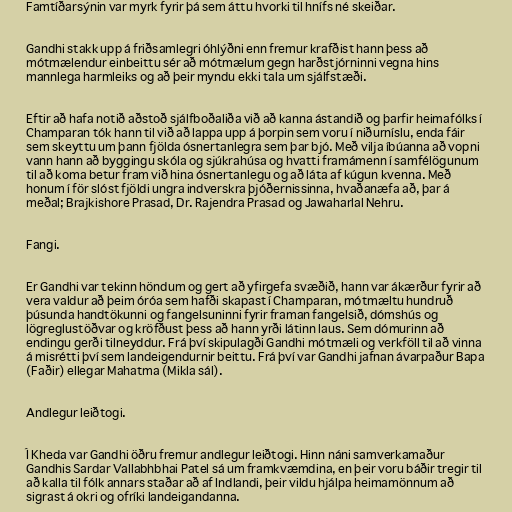
Famtíðarsýnin var myrk fyrir þá sem áttu hvorki til hnífs né skeiðar.

Gandhi stakk upp á friðsamlegri óhlýðni enn fremur krafðist hann þess að
mótmælendur einbeittu sér að mótmælum gegn harðstjórninni vegna hins
mannlega harmleiks og að þeir myndu ekki tala um sjálfstæði.

Eftir að hafa notið aðstoð sjálfboðaliða við að kanna ástandið og þarfir heimafólks í
Champaran tók hann til við að lappa upp á þorpin sem voru í niðurníslu, enda fáir
sem skeyttu um þann fjölda ósnertanlegra sem þar bjó. Með vilja íbúanna að vopni
vann hann að byggingu skóla og sjúkrahúsa og hvatti framámenn í samfélögunum
til að koma betur fram við hina ósnertanlegu og að láta af kúgun kvenna. Með
honum í för slóst fjöldi ungra indverskra þjóðernissinna, hvaðanæfa að, þar á
meðal; Brajkishore Prasad, Dr. Rajendra Prasad og Jawaharlal Nehru.

Fangi.

Er Gandhi var tekinn höndum og gert að yfirgefa svæðið, hann var ákærður fyrir að
vera valdur að þeim óróa sem hafði skapast í Champaran, mótmæltu hundruð
þúsunda handtökunni og fangelsuninni fyrir framan fangelsið, dómshús og
lögreglustöðvar og kröfðust þess að hann yrði látinn laus. Sem dómurinn að
endingu gerði tilneyddur. Frá því skipulagði Gandhi mótmæli og verkföll til að vinna
á misrétti því sem landeigendurnir beittu. Frá því var Gandhi jafnan ávarpaður Bapa
(Faðir) ellegar Mahatma (Mikla sál).

Andlegur leiðtogi.

Í Kheda var Gandhi öðru fremur andlegur leiðtogi. Hinn náni samverkamaður
Gandhis Sardar Vallabhbhai Patel sá um framkvæmdina, en þeir voru báðir tregir til
að kalla til fólk annars staðar að af Indlandi, þeir vildu hjálpa heimamönnum að
sigrast á okri og ofríki landeigandanna.